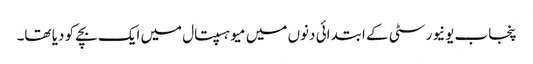
پنجاب یونیورسٹی کے ابتدائی دنوں میں میو ہسپتال میں ایک بچے کو دیا تھا۔